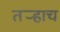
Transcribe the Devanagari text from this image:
तर्‍हाच